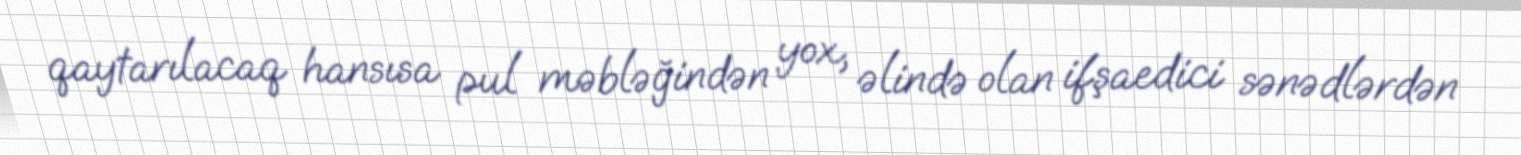
qaytarılacaq hansısa pul məbləğindən yox, əlində olan ifşaedici sənədlərdən